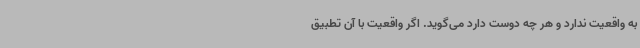
به واقعیت ندارد و هر چه دوست دارد می‌گوید. اگر واقعیت با آن تطبیق